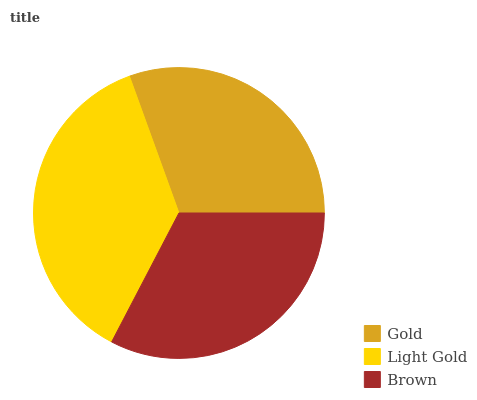
| Gold | Light Gold | Brown |
 | --- | --- | --- |
 | 30.6% | 36.8% | 32.6% |